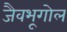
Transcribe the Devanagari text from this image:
जैवभूगोल